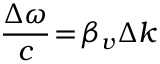
\frac { \Delta \omega } { c } \! = \! \beta _ { v } \Delta k